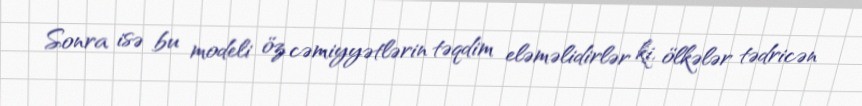
Sonra isə bu modeli öz cəmiyyətlərin təqdim eləməlidirlər ki, ölkələr tədricən